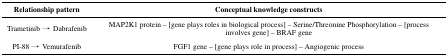
| Relationship pattern | Conceptual knowledge constructs |
 | --- | --- |
 | Trametinib → Dabrafenib | MAP2K1 protein – [gene plays roles in biological process] – Serine/Threonine Phosphorylation – [process involves gene] – BRAF gene |
 | PI-88 → Vemurafenib | FGF1 gene – [gene plays role in process] – Angiogenic process |